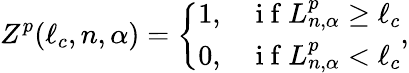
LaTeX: Z^{p}(\ell_{c},n,\alpha)=\left\{ \begin{array}{ll}{1,}&{\mathrm{~i~f~}L_{n,\alpha}^{p}\geq\ell_{c}}\\ {0,}&{\mathrm{~i~f~}L_{n,\alpha}^{p}<\ell_{c}}\end{array}\right.,